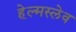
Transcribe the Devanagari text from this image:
हेल्मस्लेव